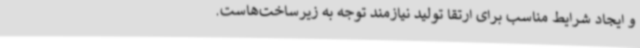
و ایجاد شرایط مناسب برای ارتقا تولید نیازمند توجه به زیرساخت‌هاست.